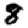
Digit: 8